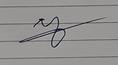
Signature authenticity: forged